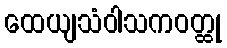
ထေယျသံဝါသကဝတ္ထု